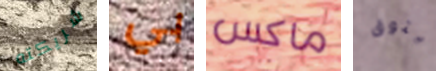
شريكته بي ماكس يتوق